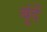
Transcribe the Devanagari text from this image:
बूंंदें